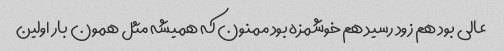
عالی بود هم زود رسید هم خوشمزه بود ممنون که همیشه مثل همون بار اولین